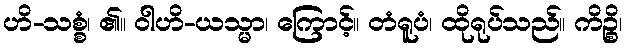
ဟိ-သစ္စံ၊ ၏။ ဝါဟိ-ယသ္မာ၊ ကြောင့်။ တံရူပံ၊ ထိုရုပ်သည်။ ကိဉ္စိ၊